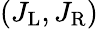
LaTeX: (J_{\mathrm{L}},J_{\mathrm{R}})